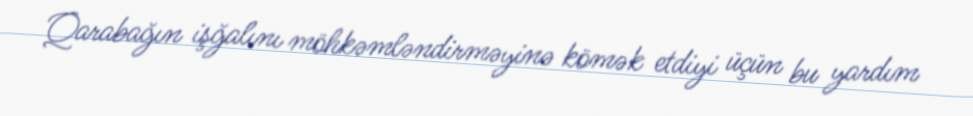
Qarabağın işğalını möhkəmləndirməyinə kömək etdiyi üçün bu yardım